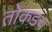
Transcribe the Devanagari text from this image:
तोकडच